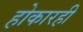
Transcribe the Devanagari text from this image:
होकारही